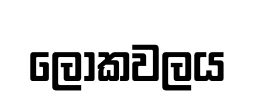
ලෝකවලය